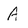
Character: A